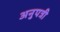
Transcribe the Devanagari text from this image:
अनुपत्री